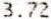
3.72